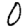
Digit: 0